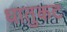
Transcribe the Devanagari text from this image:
धातुकट